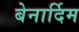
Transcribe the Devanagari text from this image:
बेनार्दिम